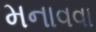
મનાવવા